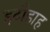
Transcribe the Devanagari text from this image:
इटौडाह